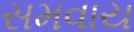
સમવાય